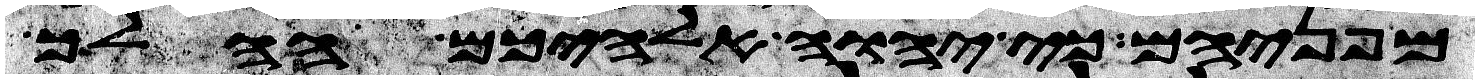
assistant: מפניהם כי יהוה אלהיכם ההלך